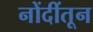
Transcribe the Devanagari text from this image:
नोंदींतून